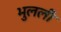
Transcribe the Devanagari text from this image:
भुलली